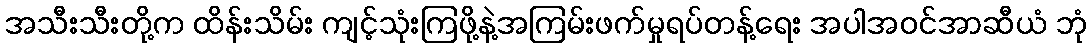
အသီးသီးတို့က ထိန်းသိမ်း ကျင့်သုံးကြဖို့နဲ့အကြမ်းဖက်မှုရပ်တန့်ရေး အပါအဝင်အာဆီယံ ဘုံ